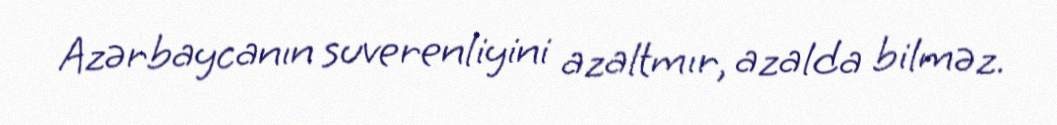
Azərbaycanın suverenliyini azaltmır, azalda bilməz.